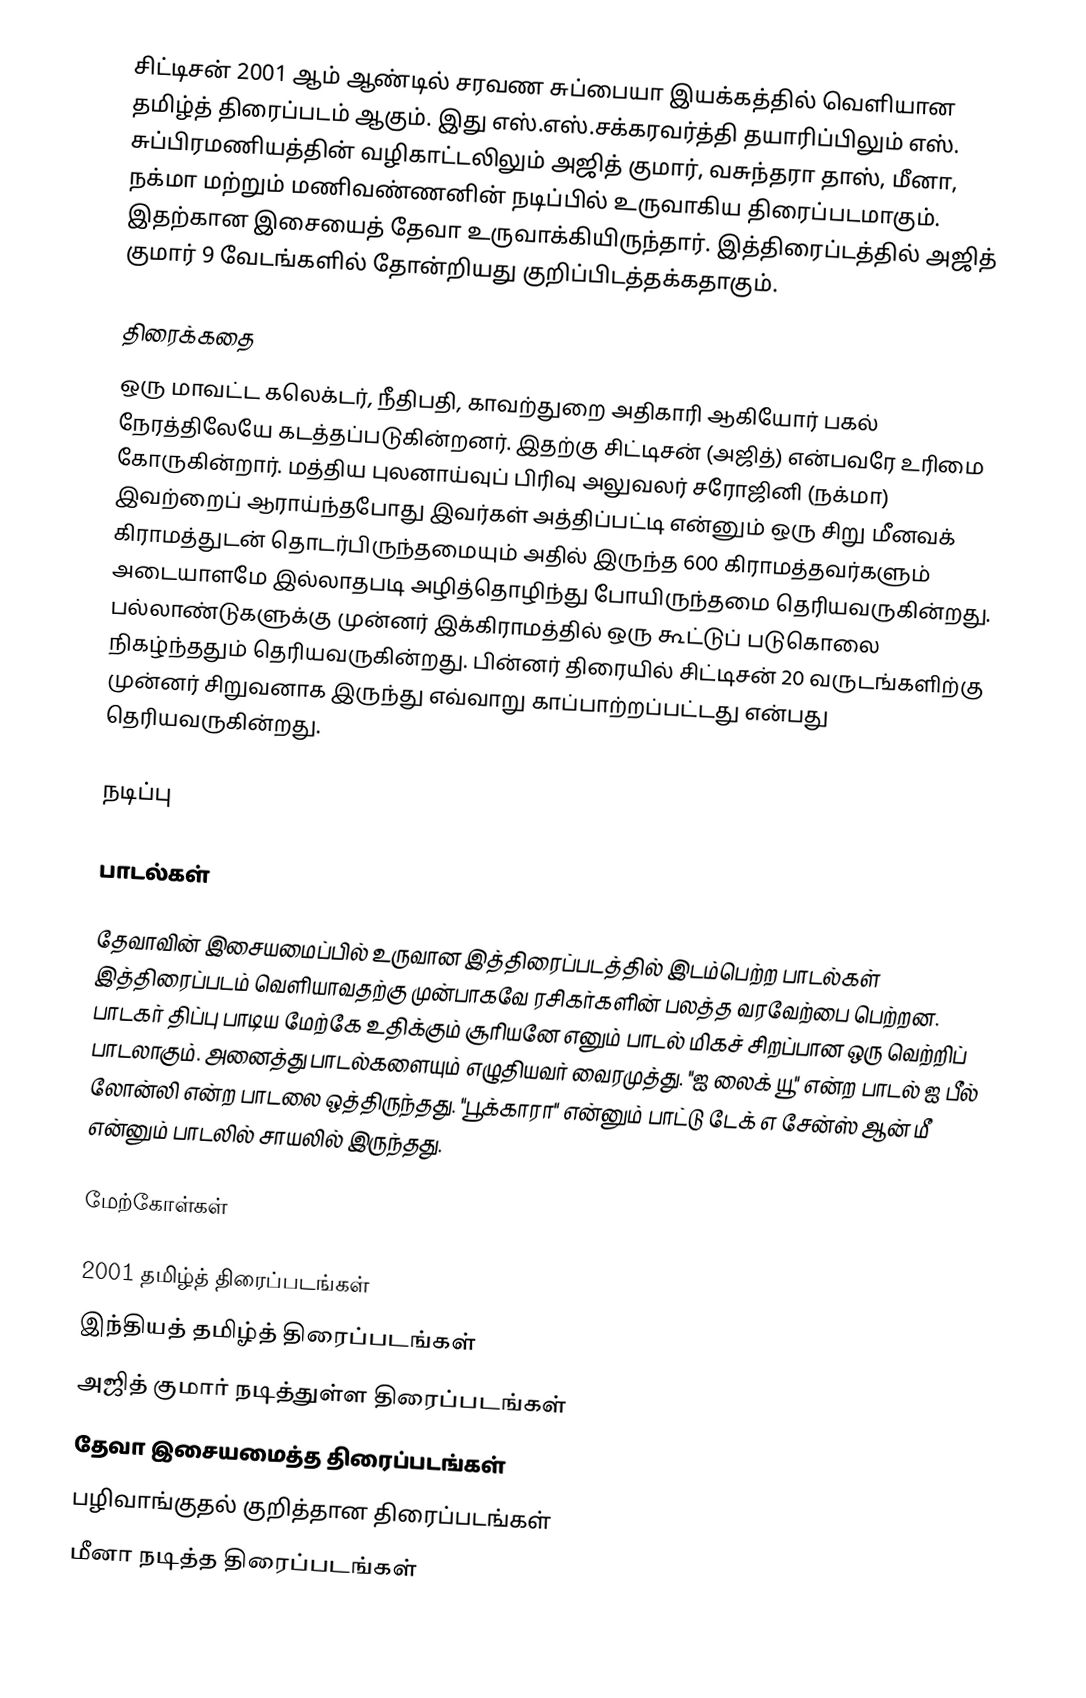
சிட்டிசன் 2001 ஆம் ஆண்டில் சரவண சுப்பையா இயக்கத்தில் வெளியான தமிழ்த் திரைப்படம் ஆகும். இது எஸ்.எஸ்.சக்கரவர்த்தி தயாரிப்பிலும் எஸ். சுப்பிரமணியத்தின் வழிகாட்டலிலும் அஜித் குமார், வசுந்தரா தாஸ், மீனா, நக்மா மற்றும் மணிவண்ணனின் நடிப்பில் உருவாகிய திரைப்படமாகும். இதற்கான இசையைத் தேவா உருவாக்கியிருந்தார். இத்திரைப்டத்தில் அஜித் குமார் 9 வேடங்களில் தோன்றியது குறிப்பிடத்தக்கதாகும்.

திரைக்கதை
ஒரு மாவட்ட கலெக்டர், நீதிபதி, காவற்துறை அதிகாரி ஆகியோர் பகல் நேரத்திலேயே கடத்தப்படுகின்றனர். இதற்கு சிட்டிசன் (அஜித்) என்பவரே உரிமை கோருகின்றார். மத்திய புலனாய்வுப் பிரிவு அலுவலர் சரோஜினி (நக்மா) இவற்றைப் ஆராய்ந்தபோது இவர்கள் அத்திப்பட்டி என்னும் ஒரு சிறு மீனவக் கிராமத்துடன் தொடர்பிருந்தமையும் அதில் இருந்த 600 கிராமத்தவர்களும் அடையாளமே இல்லாதபடி அழித்தொழிந்து போயிருந்தமை தெரியவருகின்றது. பல்லாண்டுகளுக்கு முன்னர் இக்கிராமத்தில் ஒரு கூட்டுப் படுகொலை நிகழ்ந்ததும் தெரியவருகின்றது. பின்னர் திரையில் சிட்டிசன் 20 வருடங்களிற்கு முன்னர் சிறுவனாக இருந்து எவ்வாறு காப்பாற்றப்பட்டது என்பது தெரியவருகின்றது.

நடிப்பு

பாடல்கள்

தேவாவின் இசையமைப்பில் உருவான இத்திரைப்படத்தில் இடம்பெற்ற பாடல்கள் இத்திரைப்படம் வெளியாவதற்கு முன்பாகவே ரசிகர்களின் பலத்த வரவேற்பை பெற்றன. பாடகர் திப்பு பாடிய மேற்கே உதிக்கும் சூரியனே எனும் பாடல் மிகச் சிறப்பான ஒரு வெற்றிப் பாடலாகும். அனைத்து பாடல்களையும் எழுதியவர் வைரமுத்து. "ஐ லைக் யூ" என்ற பாடல் ஐ பீல் லோன்லி என்ற பாடலை ஒத்திருந்தது. "பூக்காரா" என்னும் பாட்டு டேக் எ சேன்ஸ் ஆன் மீ என்னும் பாடலில் சாயலில் இருந்தது.

மேற்கோள்கள்

2001 தமிழ்த் திரைப்படங்கள்
இந்தியத் தமிழ்த் திரைப்படங்கள்
அஜித் குமார் நடித்துள்ள திரைப்படங்கள்
தேவா இசையமைத்த திரைப்படங்கள்
பழிவாங்குதல் குறித்தான திரைப்படங்கள்
மீனா நடித்த திரைப்படங்கள்